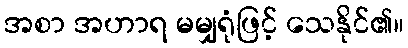
အစာ အဟာရ မမျှရုံဖြင့် သေနိုင်၏။